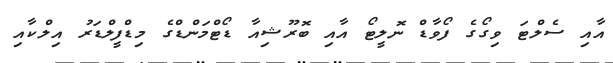
އާއި ސެލްޓަ ވިގޯގެ ފޯވާޑް ނޮލީޓޯ އާއި ބޮރޫޝިއާ ޑޯޓްމަންޑްގެ މިޑްފީލްޑަރު އިލްކާއި